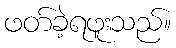
ဖတ်ခဲ့ရဖူးသည်။